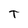
Character: T